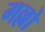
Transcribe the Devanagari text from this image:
गल्लो